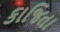
કાજિતા